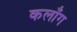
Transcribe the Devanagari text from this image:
कलाँग